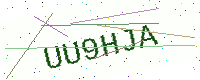
Text: UU9HJA